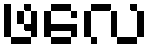
ဖလေ